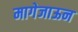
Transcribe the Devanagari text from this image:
मागेजाऊन